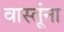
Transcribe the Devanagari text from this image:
वास्तूंना